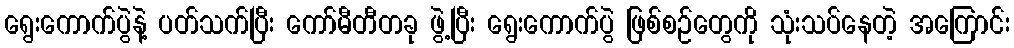
ရွေးကောက်ပွဲနဲ့ ပတ်သက်ပြီး ကော်မီတီတခု ဖွဲ့ပြီး ရွေးကောက်ပွဲ ဖြစ်စဉ်တွေကို သုံးသပ်နေတဲ့ အကြောင်း